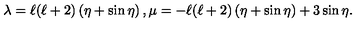
\lambda = \ell ( \ell + 2 ) \left( \eta + \sin \eta \right) , \mu = - \ell ( \ell + 2 ) \left( \eta + \sin \eta \right) + 3 \sin \eta .